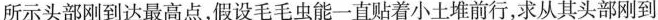
所示头部刚到达最高点，假设毛毛虫能一直贴着小土堆前行，求从其头部刚到